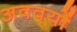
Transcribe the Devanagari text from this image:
अववयों